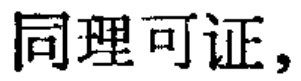
同理可证，